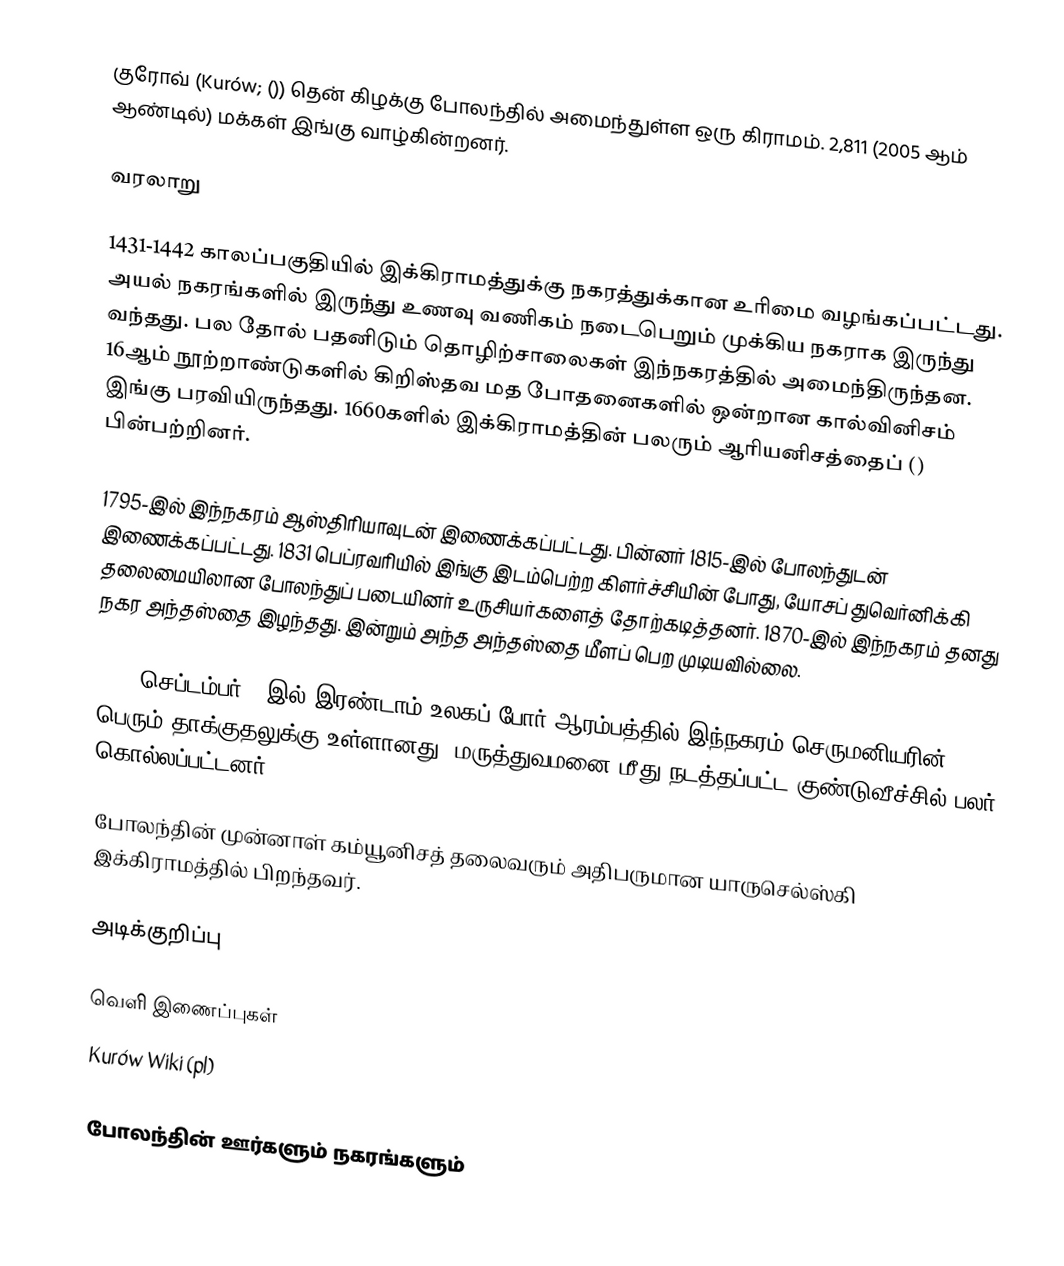
குரோவ் (Kurów; ()) தென் கிழக்கு போலந்தில் அமைந்துள்ள ஒரு கிராமம். 2,811 (2005 ஆம் ஆண்டில்) மக்கள் இங்கு வாழ்கின்றனர்.

வரலாறு

1431-1442 காலப்பகுதியில் இக்கிராமத்துக்கு நகரத்துக்கான உரிமை வழங்கப்பட்டது. அயல் நகரங்களில் இருந்து உணவு வணிகம் நடைபெறும் முக்கிய நகராக இருந்து வந்தது. பல தோல் பதனிடும் தொழிற்சாலைகள் இந்நகரத்தில் அமைந்திருந்தன. 16ஆம் நூற்றாண்டுகளில் கிறிஸ்தவ மத போதனைகளில் ஒன்றான கால்வினிசம் இங்கு பரவியிருந்தது. 1660களில் இக்கிராமத்தின் பலரும் ஆரியனிசத்தைப் () பின்பற்றினர்.

1795-இல் இந்நகரம் ஆஸ்திரியாவுடன் இணைக்கப்பட்டது. பின்னர் 1815-இல் போலந்துடன் இணைக்கப்பட்டது. 1831 பெப்ரவரியில் இங்கு இடம்பெற்ற கிளர்ச்சியின் போது, யோசப் துவெர்னிக்கி தலைமையிலான போலந்துப் படையினர் உருசியர்களைத் தோற்கடித்தனர். 1870-இல் இந்நகரம் தனது நகர அந்தஸ்தை இழந்தது. இன்றும் அந்த அந்தஸ்தை மீளப் பெற முடியவில்லை.

1939 செப்டம்பர் 9 இல் இரண்டாம் உலகப் போர் ஆரம்பத்தில் இந்நகரம் செருமனியரின் பெரும் தாக்குதலுக்கு உள்ளானது. மருத்துவமனை மீது நடத்தப்பட்ட குண்டுவீச்சில் பலர் கொல்லப்பட்டனர்.

போலந்தின் முன்னாள் கம்யூனிசத் தலைவரும் அதிபருமான யாருசெல்ஸ்கி இக்கிராமத்தில் பிறந்தவர்.

அடிக்குறிப்பு

வெளி இணைப்புகள்
 Kurów Wiki (pl)

போலந்தின் ஊர்களும் நகரங்களும்